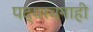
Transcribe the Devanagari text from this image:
पद्यरचनाही